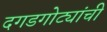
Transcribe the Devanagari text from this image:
दगडगोट्यांची